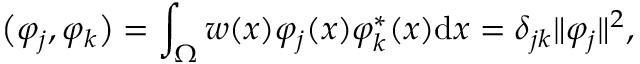
\big ( \varphi _ { j } , \varphi _ { k } \big ) = \int _ { \Omega } w ( x ) \varphi _ { j } ( x ) \varphi _ { k } ^ { \ast } ( x ) \mathrm { d } x = \delta _ { j k } \lVert \varphi _ { j } \rVert ^ { 2 } ,